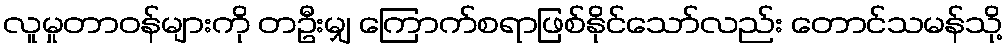
လူမှုတာဝန်များကို တဦးမျှ ကြောက်စရာဖြစ်နိုင်သော်လည်း တောင်သမန်သို့